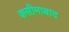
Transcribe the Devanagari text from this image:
कसीमाबाद